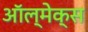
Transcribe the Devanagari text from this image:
ऑल्मेक्स